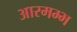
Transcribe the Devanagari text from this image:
आरमम्भ